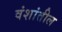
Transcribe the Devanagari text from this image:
वंशांतील